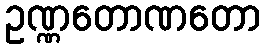
ဥဏ္ဏတောဏတော